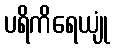
ပရိကိရေယျုံ